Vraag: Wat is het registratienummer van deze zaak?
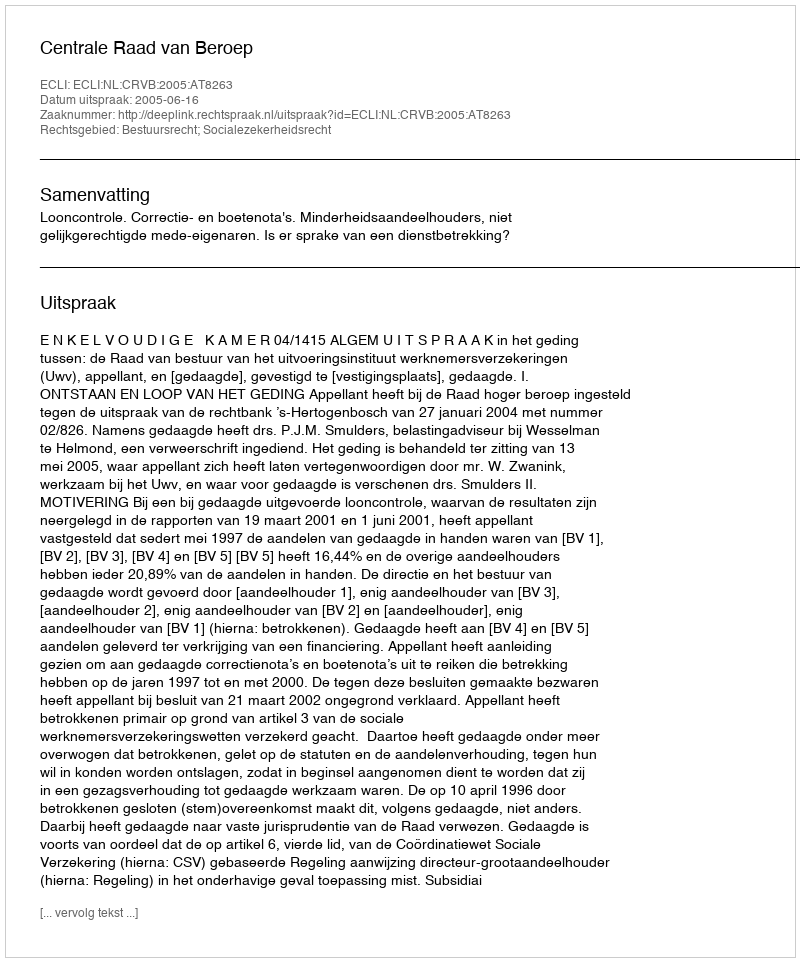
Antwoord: http://deeplink.rechtspraak.nl/uitspraak?id=ECLI:NL:CRVB:2005:AT8263